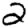
Digit: 2